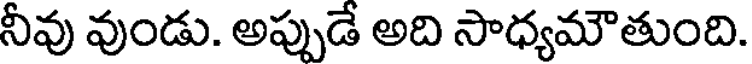
నీవు వుండు. అప్పుడే అది సాధ్యమౌతుంది.